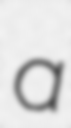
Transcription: a